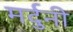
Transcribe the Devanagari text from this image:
मर्दुनी